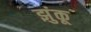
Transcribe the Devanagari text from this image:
झुंकू